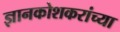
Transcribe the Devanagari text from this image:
ज्ञानकोशकरांच्या